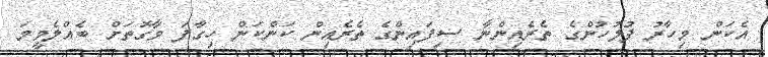
އެކަން މިހާރު ފުލުހުންގެ ތެރެއިންނާ ސިފައިންގެ ތެރެއިން ކަންކަން ހިގާފަ ވާގޮތަށް ބެއްލެވީމަ